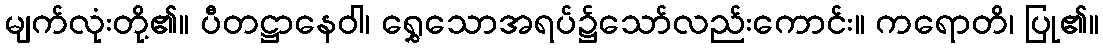
မျက်လုံးတို့၏။ ပီတဋ္ဌာနေဝါ၊ ရွှေသောအရပ်၌သော်လည်းကောင်း။ ကရောတိ၊ ပြု၏။